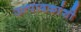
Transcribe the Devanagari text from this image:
उत्पादकांशी